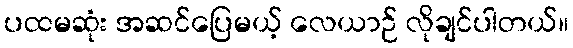
ပထမဆုံး အဆင်ပြေမယ့် လေယာဉ် လိုချင်ပါတယ်။